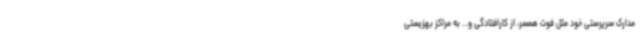
مدارک سرپرستی خود مثل فوت همسر، از کارافتادگی و... به مراکز بهزیستی